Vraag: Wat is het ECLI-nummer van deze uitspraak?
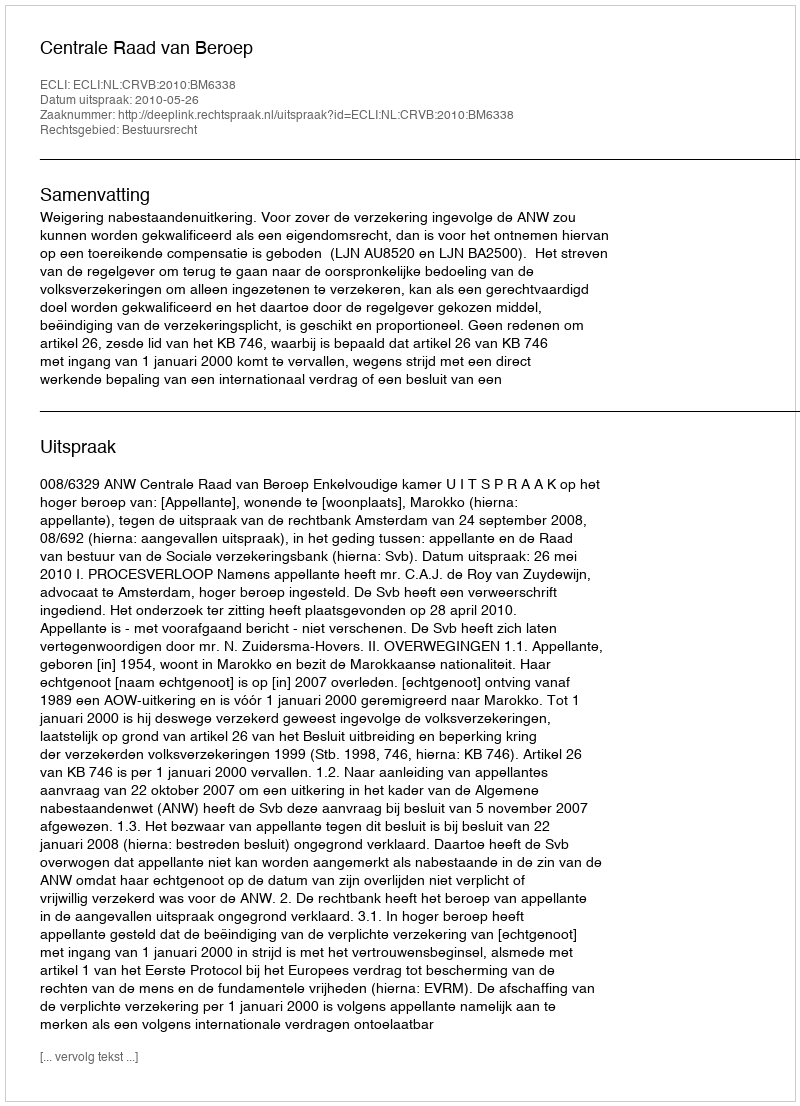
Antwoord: ECLI:NL:CRVB:2010:BM6338